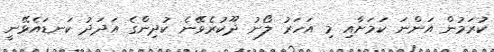
ކުރަމުން އަންނަ ކަމަށާއި މި އަހަރު ލޯނު ދޫކުރެވޭނެ ކުދިންގެ އަދަދު ކަނޑައެޅޭނީ